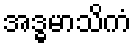
အဒ္ဓမာသိကံ